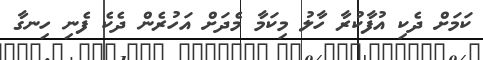
ކަމަަށް ދެކި އުފާކުރާ ހާލު މިކަމާ މެދަށް އަހުރެން ދެކެ ފެނި ހިނގާ